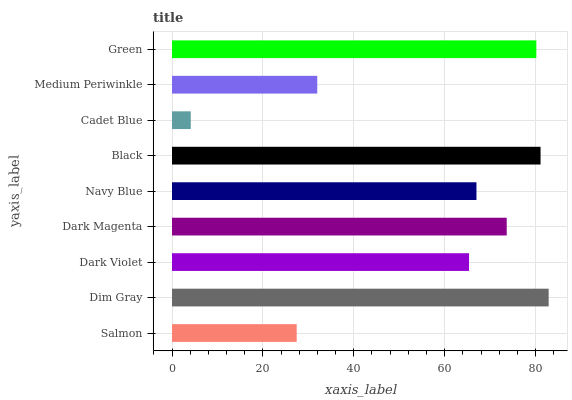
| yaxis_label | bars |
 | --- | --- |
 | Salmon | 27.4 |
 | Dim Gray | 82.9 |
 | Dark Violet | 65.4 |
 | Dark Magenta | 73.7 |
 | Navy Blue | 67 |
 | Black | 81.1 |
 | Cadet Blue | 4.13 |
 | Medium Periwinkle | 32 |
 | Green | 80.2 |